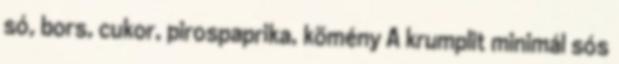
só, bors, cukor, pirospaprika, kömény A krumplit minimál sós